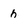
Character: h